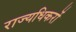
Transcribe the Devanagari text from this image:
राज्यधिकरों